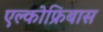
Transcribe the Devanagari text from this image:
एल्कोफ्रिबास